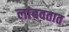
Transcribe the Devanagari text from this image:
लांबवतात